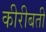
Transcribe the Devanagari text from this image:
कीरीबती